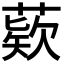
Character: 𦹔